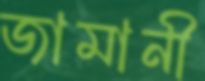
জামানী